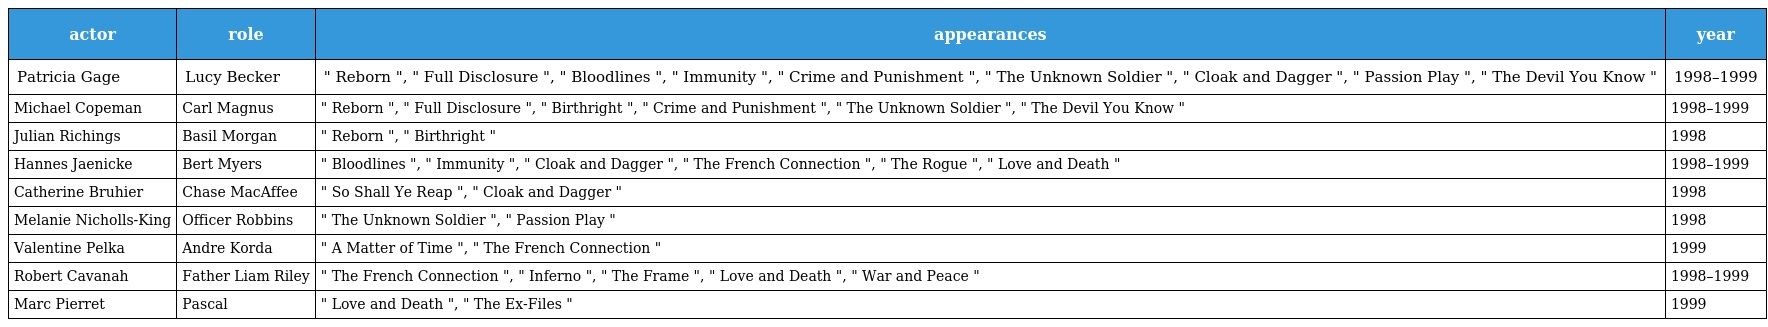
| actor | role | appearances | year |
 | --- | --- | --- | --- |
 | Patricia Gage | Lucy Becker | " Reborn ", " Full Disclosure ", " Bloodlines ", " Immunity ", " Crime and Punishment ", " The Unknown Soldier ", " Cloak and Dagger ", " Passion Play ", " The Devil You Know " | 1998–1999 |
 | Michael Copeman | Carl Magnus | " Reborn ", " Full Disclosure ", " Birthright ", " Crime and Punishment ", " The Unknown Soldier ", " The Devil You Know " | 1998–1999 |
 | Julian Richings | Basil Morgan | " Reborn ", " Birthright " | 1998 |
 | Hannes Jaenicke | Bert Myers | " Bloodlines ", " Immunity ", " Cloak and Dagger ", " The French Connection ", " The Rogue ", " Love and Death " | 1998–1999 |
 | Catherine Bruhier | Chase MacAffee | " So Shall Ye Reap ", " Cloak and Dagger " | 1998 |
 | Melanie Nicholls-King | Officer Robbins | " The Unknown Soldier ", " Passion Play " | 1998 |
 | Valentine Pelka | Andre Korda | " A Matter of Time ", " The French Connection " | 1999 |
 | Robert Cavanah | Father Liam Riley | " The French Connection ", " Inferno ", " The Frame ", " Love and Death ", " War and Peace " | 1998–1999 |
 | Marc Pierret | Pascal | " Love and Death ", " The Ex-Files " | 1999 |